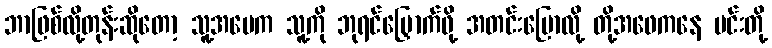
ဘာဖြစ်လို့တုန်းဆိုတော့ သူ့အမေက သူ့ကို ဘုရင်မြှောက်ဖို့ အတင်းပြောလို့ တို့အဖေကနေ မင်းတို့